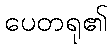
ပေတရု၏